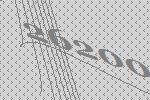
26200